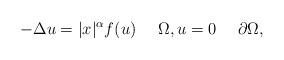
LaTeX: \begin{align*}-\Delta u = |x|^{\alpha} f(u) \ \ \ \ \Omega, u = 0 \ \ \ \ \partial \Omega,\end{align*}